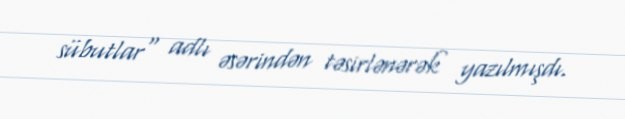
sübutlar" adlı əsərindən təsirlənərək yazılmışdı.